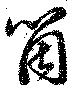
箇